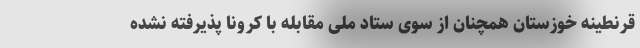
قرنطینه خوزستان همچنان از سوی ستاد ملی مقابله با کرونا پذیرفته نشده